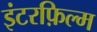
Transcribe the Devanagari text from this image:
इंटरफ़िल्म